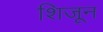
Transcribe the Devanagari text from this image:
शिजून